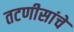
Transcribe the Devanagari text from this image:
तटणीसांचे